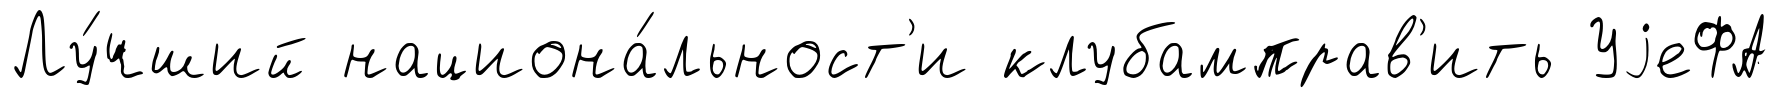
Лу́чший национа́льност'и клубамправ'ить УjеФА